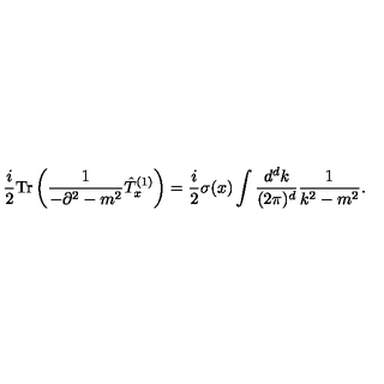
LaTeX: \frac { i } { 2 } \mathrm { T r } \left( \frac { 1 } { - \partial ^ { 2 } - m ^ { 2 } } \hat { T } _ { x } ^ { ( 1 ) } \right) = \frac { i } { 2 } \sigma ( x ) \int \frac { d ^ { d } k } { ( 2 \pi ) ^ { d } } \frac { 1 } { k ^ { 2 } - m ^ { 2 } } .